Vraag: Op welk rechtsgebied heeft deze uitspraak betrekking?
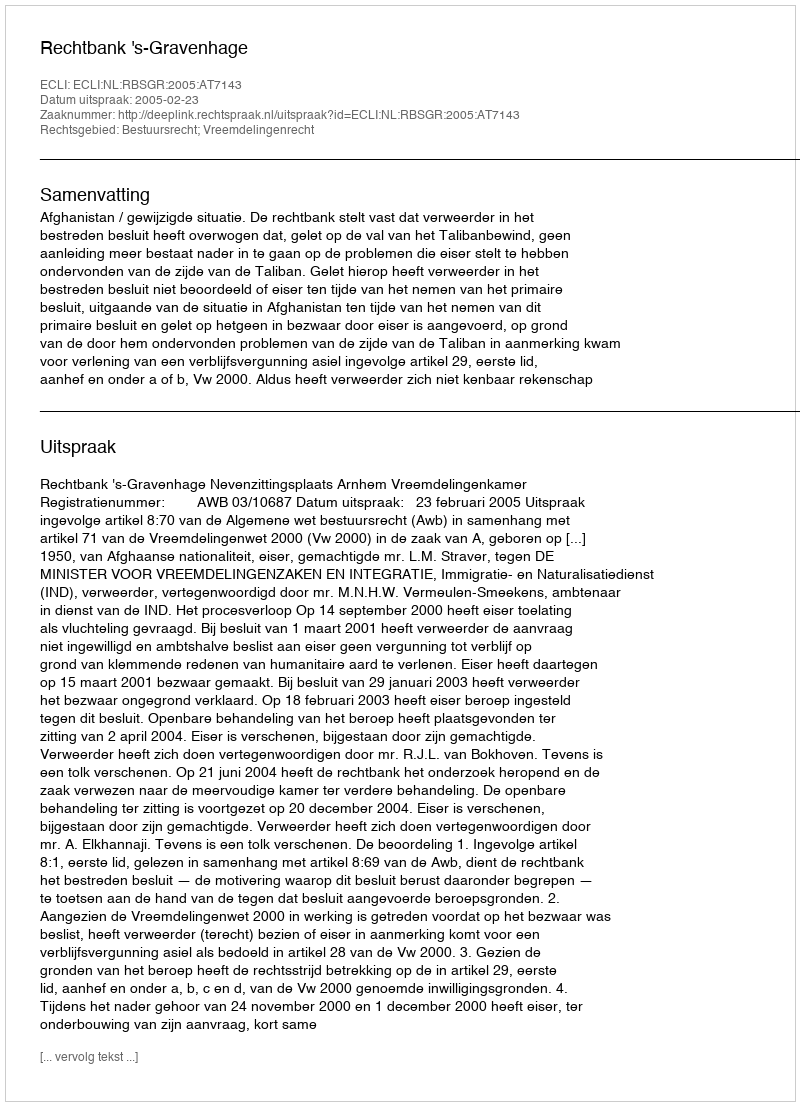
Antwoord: Bestuursrecht; Vreemdelingenrecht